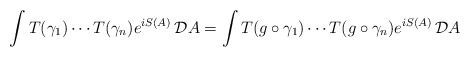
\begin{align*}\int T(\gamma_1) \cdots T(\gamma_n) e^{iS(A)}\,{\cal D}A = \int T(g \circ \gamma_1) \cdots T(g\circ \gamma_n) e^{iS(A)}\,{\cal D}A\end{align*}